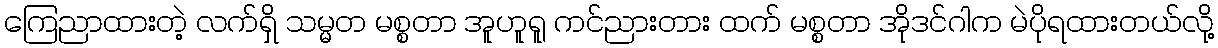
ကြေညာထားတဲ့ လက်ရှိ သမ္မတ မစ္စတာ အူဟူရူ ကင်ညားတား ထက် မစ္စတာ အိုဒင်ဂါက မဲပိုရထားတယ်လို့